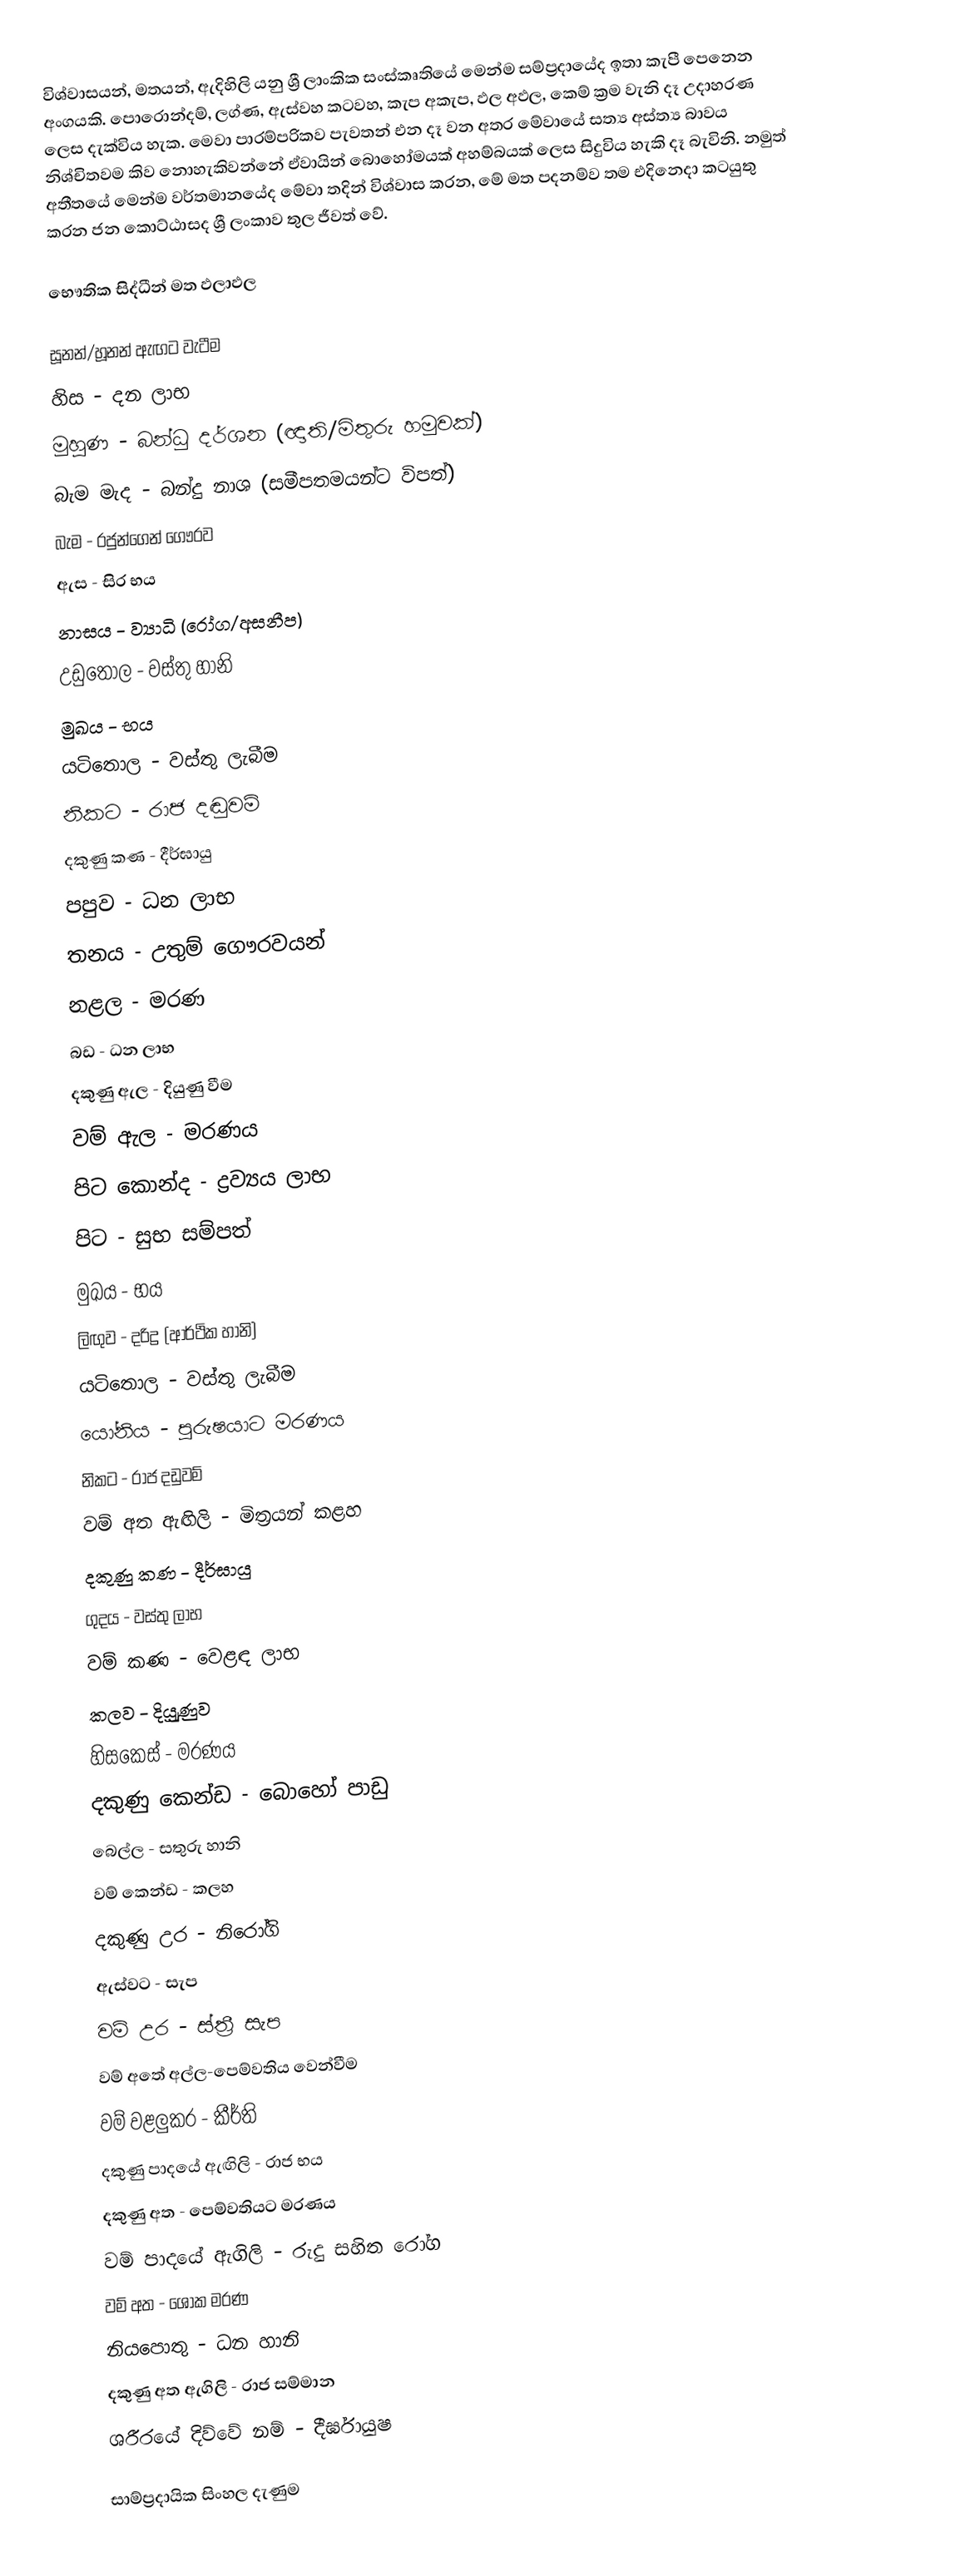
විශ්වාසයන්, මතයන්, ඇදිහිලි යනු ශ්‍රී ලාංකික සංස්කෘතියේ මෙන්ම සම්ප්‍රදායේද ඉතා කැපී පෙනෙන අංගයකි. පොරොන්දම්, ලග්ණ, ඇස්වහ කටවහ, කැප අකැප, ඵල අඵල, කෙම් ක්‍රම වැනි දෑ උදාහරණ ලෙස දැක්විය හැක. මෙවා පාරම්පරිකව පැවතන් එන දෑ වන අතර මේවායේ සත්‍ය අස්ත්‍ය බාවය නිශ්චිතවම කිව නොහැකිවන්නේ ඒවායින් බොහෝමයක් අහම්බයක් ලෙස සිදුවිය හැකි දෑ බැවිනි. නමුත් අතීතයේ මෙන්ම වර්තමානයේද මේවා තදින් විශ්වාස කරන, මේ මත පදනම්ව තම එදිනෙදා කටයුතු කරන ජන කොට්ඨාසද ශ්‍රී ලංකාව තුල ජීවත් වේ.

භෞතික සිද්ධීන් මත ඵලාඵල

සූනන්/හූනන් ඇඟට වැටීම
හිස - දන ලාභ
මුහුණ - බන්ධු දර්ශන (ඥාති/මිතුරු හමුවක්)
බැම මැද - බන්දු නාශ (සමීපතමයන්ට විපත්)
බැම - රජුන්ගෙන් ගෞරව
ඇස - සිර භය
නාසය - ව්‍යාධි (රෝග/අසනීප)
උඩුතොල - වස්තු හානි
මුඛය - භය
යටිතොල - වස්තු ලැබීම
නිකට - රාජ දඬුවම්
දකුණු කණ - දීර්ඝායු
පපුව - ධන ලාභ
තනය - උතුම් ගෞරවයන්
නළල - මරණ
බඩ - ධන ලාභ
දකුණු ඇල - දියුණු වීම
වම් ඇල - මරණය
පිට කොන්ද - ද්‍රව්‍යය ලාභ
පිට - සුභ සම්පත්
මුඛය - භය
ලිඟුව - දරිද්‍ර (ආර්ථික හානි)
යටිතොල - වස්තු ලැබීම
යෝනිය - පුරුෂයාට මරණය
නිකට - රාජ දඩුවම්
වම් අත ඇඟිලි - මිත්‍රයන් කළහ
දකුණු කණ - දීර්ඝායු
ගුදය - වස්තු ලාභ
වම් කණ - වෙළඳ ලාභ
කලව - දියුුුුණුව
හිසකෙස් - මරණය
දකුණු කෙන්ඩ - බොහෝ පාඩු
බෙල්ල - සතුරු හානි
වම් කෙන්ඩ - කලහ
දකුණු උර - නිරෝගි
ඇස්ව‍ට - සැප
වම් උර - ස්ත්‍රී සැප
වම් අතේ අල්ල-පෙම්වතිය වෙන්වීම
වම් වළලුකර - කීර්ති
දකුණු පාදයේ ඇඟිලි - රාජ භය
දකුණු අත - පෙම්වතියට මරණය
වම් පාදයේ ඇගිලි - රුදු සහිත‍ රෝග
වම් අත - ශෝක මරණ
නියපොතු - ධන හානි
දකුණු අත ඇගිලි - රාජ සම්මාන
ශරීරයේ දිව්වේ නම් - දීර්ඝායුෂ

සාම්ප්‍රදායික සිංහල දැණුම